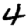
Digit: 4